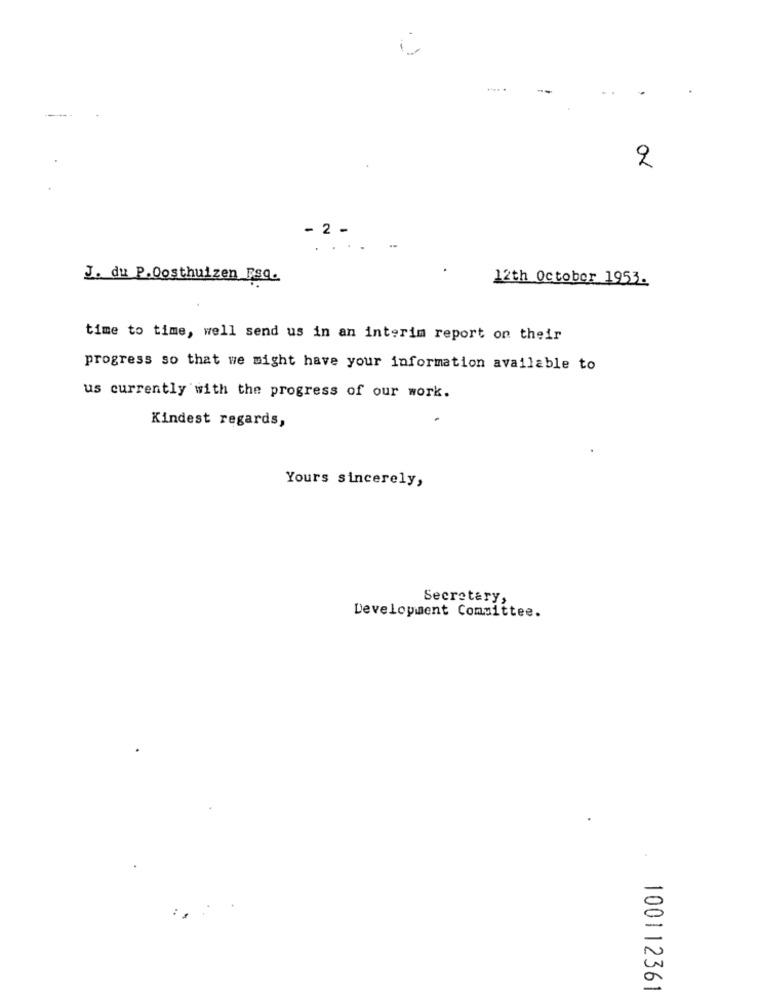
2
- 2 -
J. du P.Oosthuizen Fsq.
12th October 1953.
time to time, well send us in an interim report on their
progress so that we might have your information available to
us currently with the progress of our work.
Kindest regards,
Yours sincerely,
Secretary,
Development Committee.
100112361